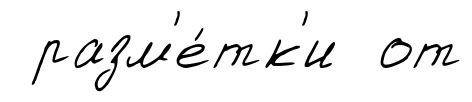
разм'е́тк'и от